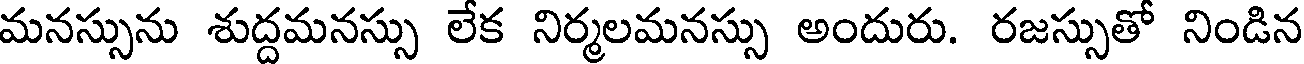
మనస్సును శుద్దమనస్సు లేక నిర్మలమనస్సు అందురు. రజస్సుతో నిండిన